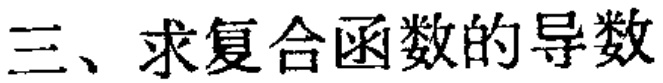
三、求复合函数的导数